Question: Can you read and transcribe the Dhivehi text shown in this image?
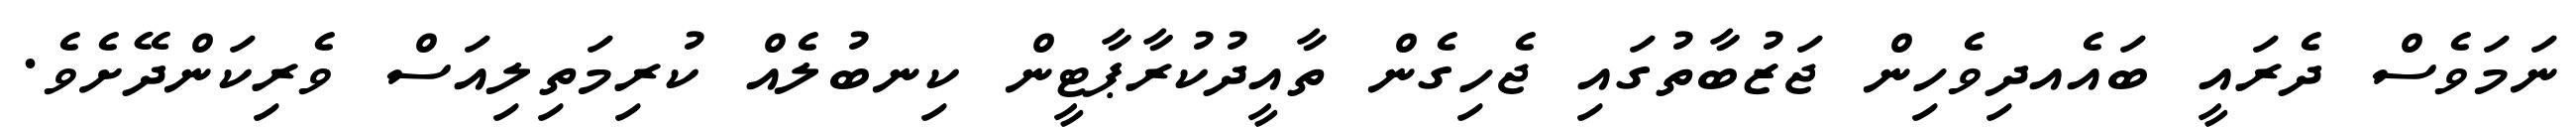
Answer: ނަމަވެސް ދެރައީ ބައެއދިވެހިން ޖަޒުބާތުގައި ޖެހިގެން ތާއީދުކުރާޕާޓީން ކިނބުލެއް ކުރިމަތިލިއަސް ވެރިކަންދޭށެވެ.